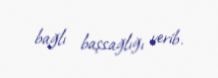
bağlı başsağlığı verib.